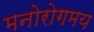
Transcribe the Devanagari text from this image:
मनोरोगमय